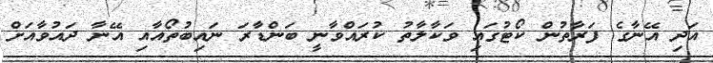
އަދި އޭނާގެ ފަރާތުން ކޯޓުގައި ވަކާލާތު ކުރައްވާނީ ބަންޑާރަ ނައިބުތޯއާއި އޭނާ ދައުވާއަށް